Annual administration report of the Civil Veterinary Department of India - 1897-1898
Year: 1897
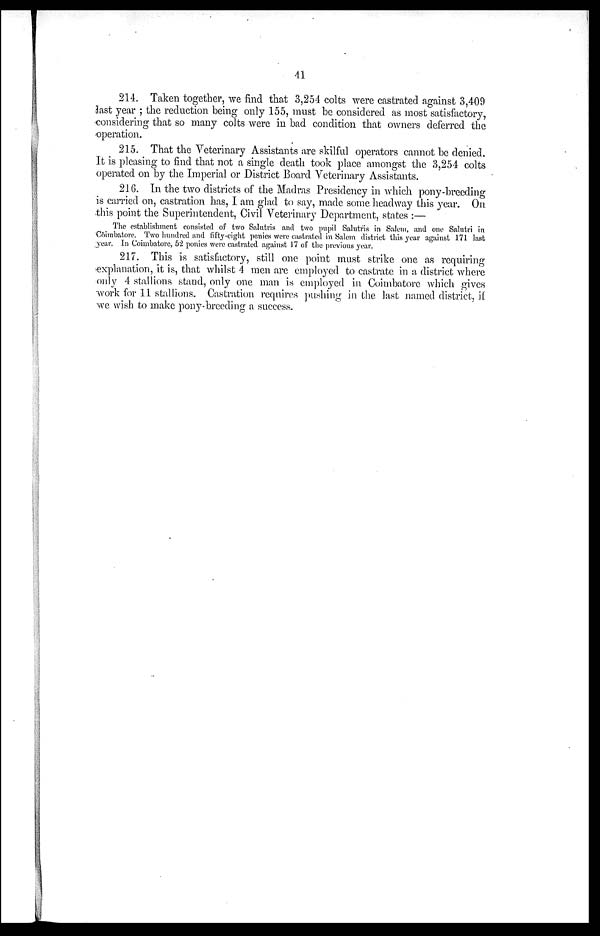
41
214. Taken together, we find that 3,254 colts were castrated against 3,409
last year; the reduction being only 155, must be considered as most satisfactory,
considering that so many colts were in bad condition that owners deferred the
operation.
215. That the Veterinary Assistants are skilful operators cannot be denied.
It is pleasing to find that not a single death took place amongst the 3,254 colts
operated on by the Imperial or District Board Veterinary Assistants.
216. In the two districts of the Madras Presidency in which pony-breeding
is carried on, castration has, I am glad to say, made some headway this year. On
this point the Superintendent, Civil Veterinary Department, states:—
The establishment consisted of two Salutris and two pupil Salutris in Salem, and one Salutri in.
Coimbatore. Two hundred and fifty-eight ponies were castrated in Salem district this year against 171 last
year. In Coimbatore, 52 ponies were castrated against 17 of the previous year.
217. This is satisfactory, still one point must strike one as requiring
explanation, it is, that whilst 4 men are employed to castrate in a district where
only 4 stallions stand, only one man is employed in Coimbatore which gives
work for 11 stallions. Castration requires pushing in the last named district, if
we wish to make pony-breeding a success.